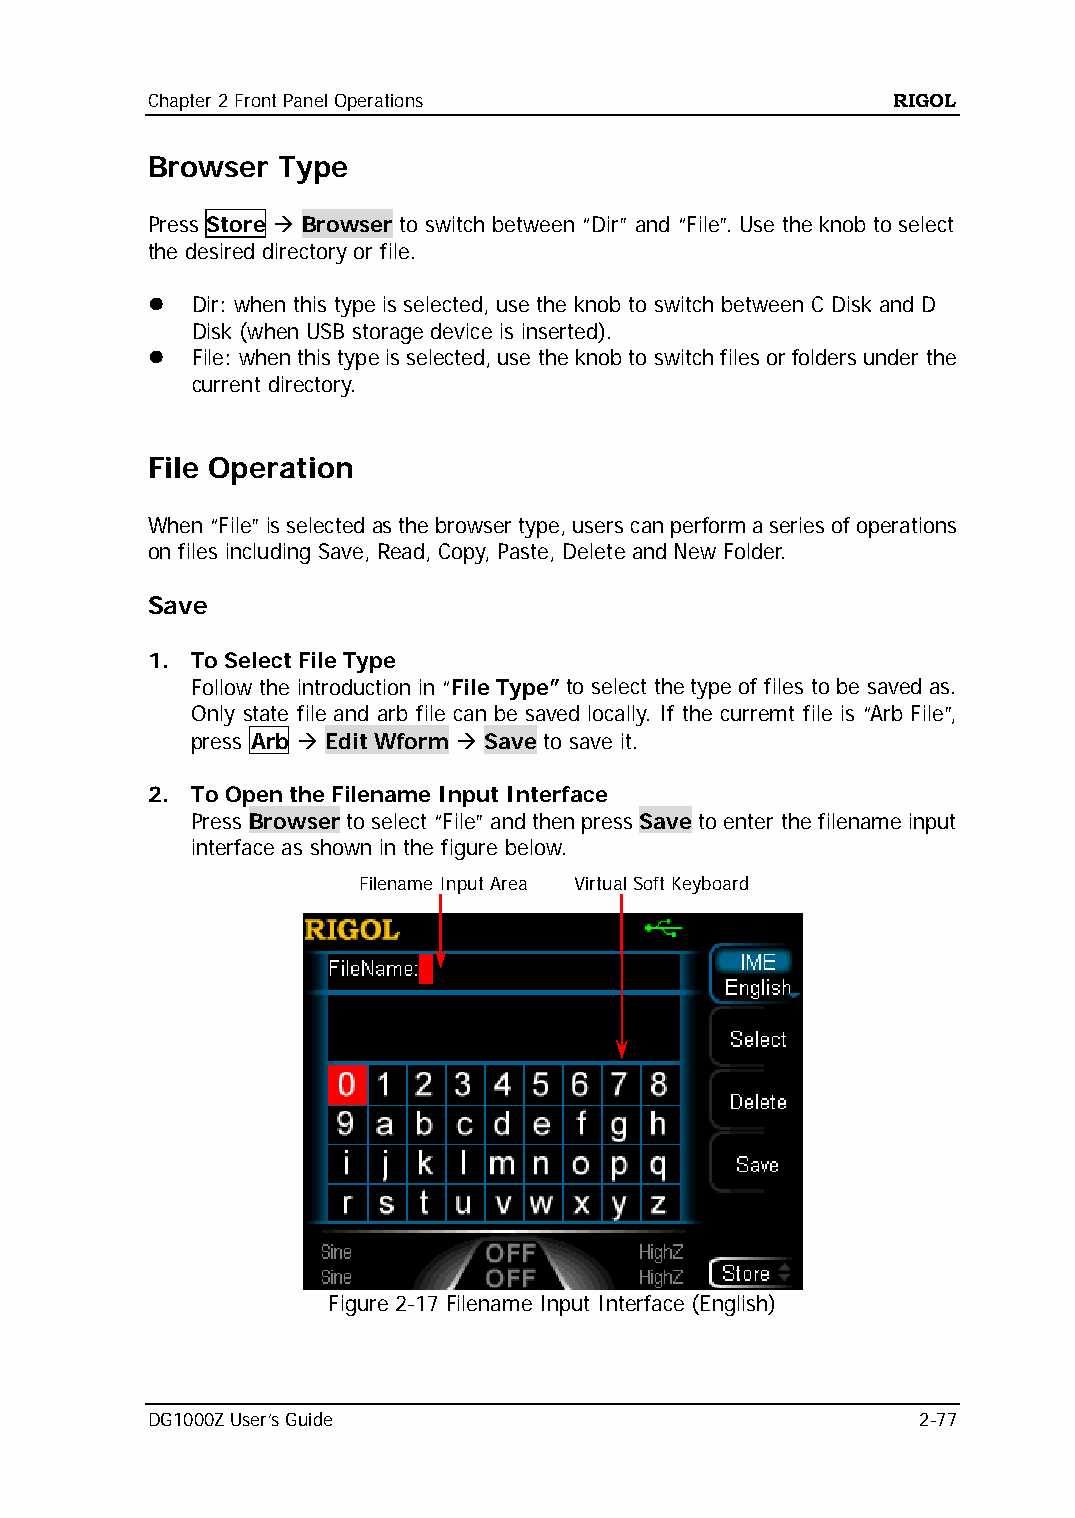
Chapter 2 Front Panel Operations                 RIGOL
 Browser Type
 Press Store  Browser to switch between “Dir” and “File”. Use the knob to select
 the desired directory or file.
   Dir: when this type is selected, use the knob to switch between C Disk and D
 Disk (when USB storage device is inserted).
   File: when this type is selected, use the knob to switch files or folders under the
 current directory.
 File Operation
 When “File” is selected as the browser type, users can perform a series of operations
 on files including Save, Read, Copy, Paste, Delete and New Folder.
 Save
 1. To Select File Type
 Follow the introduction in “File Type” to select the type of files to be saved as.
 Only state file and arb file can be saved locally. If the curremt file is “Arb File”,
 press Arb  Edit Wform  Save to save it.
 2. To Open the Filename Input Interface
 Press Browser to select “File” and then press Save to enter the filename input
 interface as shown in the figure below.
 Filename Input Area Virtual Soft Keyboard
 Figure 2-17 Filename Input Interface (English)
 DG1000Z User’s Guide                               2-77